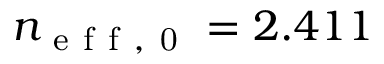
n _ { \mathrm { ~ e ~ f ~ f ~ , ~ 0 ~ } } = 2 . 4 1 1